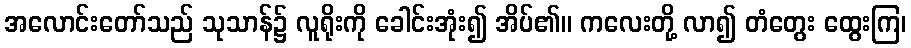
အလောင်းတော်သည် သုသာန်၌ လူရိုးကို ခေါင်းအုံး၍ အိပ်၏။ ကလေးတို့ လာ၍ တံတွေး ထွေးကြ၊